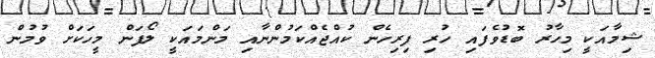
ޝިމާއަކީ މިހާރު ބޮޑުވެފައި ހުރި ފިރިހެން ކުއްޖެއްކަމުންނާއި މަންމައަކީ ލޯފަން މީހަކަށް ވުމުން